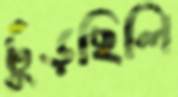
ঢুঁড়ছিলি